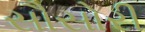
સૌસોરી